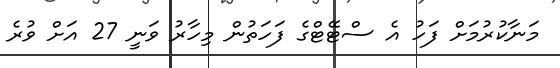
މަނާކުރުމަށް ފަހު އެ ސްޓޭޓްގެ ފަހަތުން މިހާރު ވަނީ 27 އަށް ވުރެ